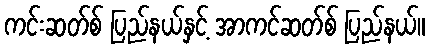
ကင်းဆတ်စ် ပြည်နယ်နှင့် အာကင်ဆတ်စ် ပြည်နယ်။